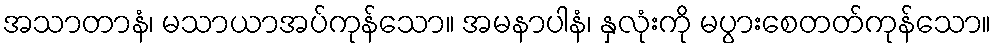
အသာတာနံ၊ မသာယာအပ်ကုန်သော။ အမနာပါနံ၊ နှလုံးကို မပွားစေတတ်ကုန်သော။